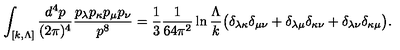
\int _ { [ k , \Lambda ] } \frac { d ^ { 4 } p } { ( 2 \pi ) ^ { 4 } } \frac { p _ { \lambda } p _ { \kappa } p _ { \mu } p _ { \nu } } { p ^ { 8 } } = \frac { 1 } { 3 } \frac { 1 } { 6 4 \pi ^ { 2 } } \ln \frac { \Lambda } { k } \bigl ( \delta _ { \lambda \kappa } \delta _ { \mu \nu } + \delta _ { \lambda \mu } \delta _ { \kappa \nu } + \delta _ { \lambda \nu } \delta _ { \kappa \mu } \bigr ) .